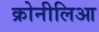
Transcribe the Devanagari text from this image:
क्रोनीलिआ